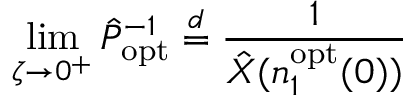
\operatorname* { l i m } _ { \zeta \to 0 ^ { + } } \hat { P } _ { \mathrm { o p t } } ^ { - 1 } \overset { d } { = } \frac { 1 } { \hat { X } ( n _ { 1 } ^ { \mathrm { o p t } } ( 0 ) ) }